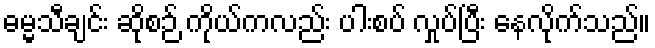
ဓမ္မသီချင်း ဆိုစဉ် ကိုယ်ကလည်း ပါးစပ် လှုပ်ပြီး နေလိုက်သည်။